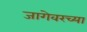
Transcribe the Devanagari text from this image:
जागेवरच्या